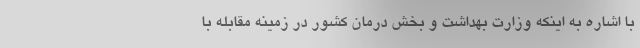
با اشاره به اینکه وزارت بهداشت و بخش درمان کشور در زمینه مقابله با